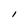
Character: I